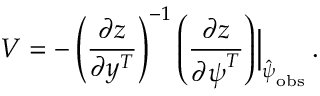
V = - \left( \frac { \partial \boldsymbol { z } } { \partial \boldsymbol { y } ^ { T } } \right) ^ { - 1 } \left( \frac { \partial \boldsymbol { z } } { \partial \boldsymbol { \boldsymbol { \psi } } ^ { T } } \right) \Bigr | _ { \hat { \boldsymbol { \psi } } _ { \mathrm { o b s } } } \, .